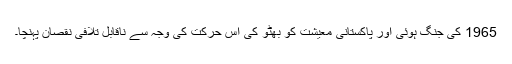
1965 کی جنگ ہوئی اور پاکستانی معیشت کو بھٹو کی اس حرکت کی وجہ سے ناقابل تلافی نقصان پہنچا۔